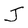
Character: J